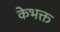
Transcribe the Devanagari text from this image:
केभक्त